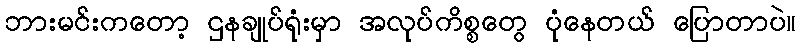
ဘားမင်းကတော့ ဌနချုပ်ရုံးမှာ အလုပ်ကိစ္စတွေ ပုံနေတယ် ပြောတာပဲ။